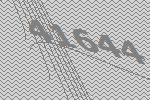
41644